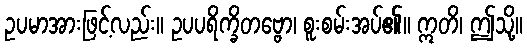
ဥပမာအားဖြင့်လည်း။ ဥပပရိက္ခိတဗ္ဗော၊ စူးစမ်းအပ်၏။ ဣတိ၊ ဤသို့။